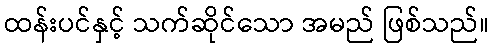
ထန်းပင်နှင့် သက်ဆိုင်သော အမည် ဖြစ်သည်။